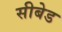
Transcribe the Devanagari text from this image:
सीबेड